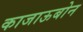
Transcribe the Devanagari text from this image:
काजाऊबोन